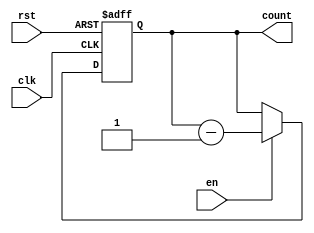
module down_counter (
  input wire clk,
  input wire rst,
  input wire en,
  output reg [N-1:0] count
);

parameter N = 8; // Number of bits for the counter

always @(posedge clk or posedge rst) begin
  if (rst) begin
    count <= (N'b0); // Reset the counter to zero
  end else if (en) begin
    count <= count - 1; // Decrement the counter when enabled
  end
end

endmodule